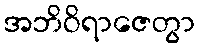
အဘိဝိရာဇေတွာ